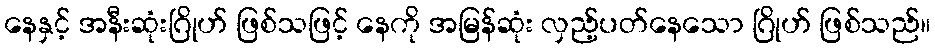
နေနှင့် အနီးဆုံးဂြိုဟ် ဖြစ်သဖြင့် နေကို အမြန်ဆုံး လှည့်ပတ်နေသော ဂြိုဟ် ဖြစ်သည်။